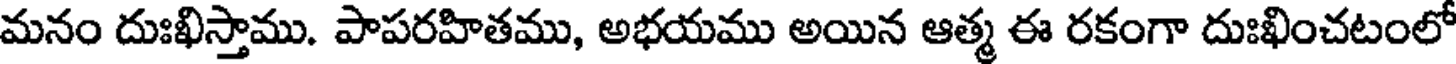
మనం దుఃఖిస్తాము. పాపరహితము, అభయము అయిన ఆత్మ ఈ రకంగా దుఃఖించటంలో